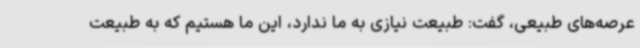
عرصه‌های طبیعی، گفت: طبیعت نیازی به ما ندارد، این ما هستیم که به طبیعت